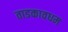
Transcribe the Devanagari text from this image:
ताडकावधम